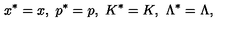
x ^ { * } = x , \ p ^ { * } = p , \ K ^ { * } = K , \ \Lambda ^ { * } = \Lambda ,